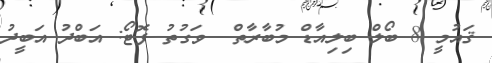
ޤައުމީ 8 ބޯލް ބިލިއާޑް މުބާރާތް  ވަގުތު ފޮޓޯ: އަބްދު އަބީދު